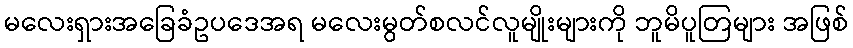
မလေးရှားအခြေခံဥပဒေအရ မလေးမွတ်စလင်လူမျိုးများကို ဘူမိပူတြများ အဖြစ်